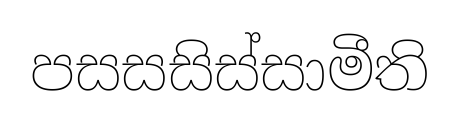
පසසසිස්සාමීති